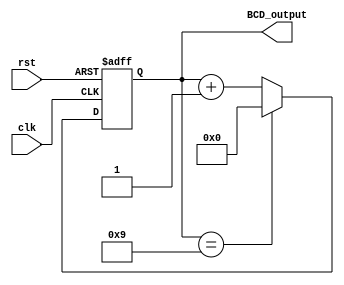
module BCD_counter(
input clk,
input rst,
output [3:0] BCD_output
);

reg [3:0] count;

always @(posedge clk or posedge rst) begin
    if (rst)
        count <= 4'b0000;
    else begin
        if (count == 4'b1001)
            count <= 4'b0000;
        else
            count <= count + 1;
    end
end

assign BCD_output = count;

endmodule